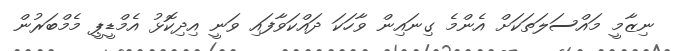
ނިޒާމީ މައްސަލަތަކަށް އެންމެ ގިނައިން ވާހަކަ ދައްކަވާފައި ވަނީ އިދިކޮޅު އެމްޑީޕީ މެމްބަރުން